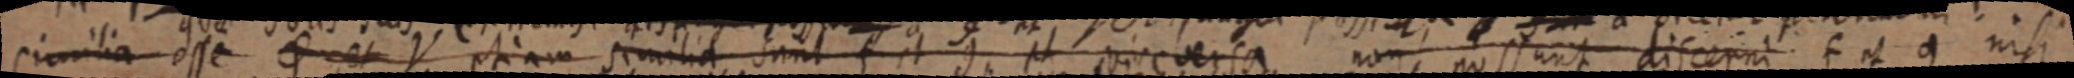
similia esse φ et Y etiam similia sunt f et g et vice versa non possunt discerni f et g nisi